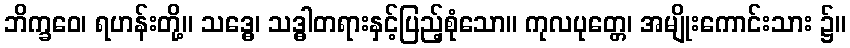
ဘိက္ခဝေ၊ ရဟန်းတို့။ သဒ္ဓေ၊ သဒ္ဓါတရားနှင့်ပြည့်စုံသော။ ကုလပုတ္တေ၊ အမျိုးကောင်းသား ၌။